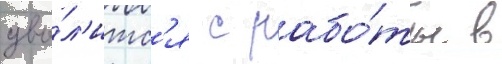
уво́л'итс'я с рабо́ты в